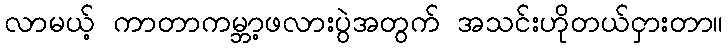
လာမယ့် ကာတာကမ္ဘာ့ဖလားပွဲအတွက် အသင်းဟိုတယ်ငှားတာ။